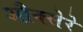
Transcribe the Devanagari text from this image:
औक्सेरे